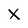
Character: X